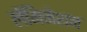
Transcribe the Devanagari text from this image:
लॅमिनेशन